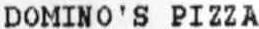
DOMINO'S PIZZA